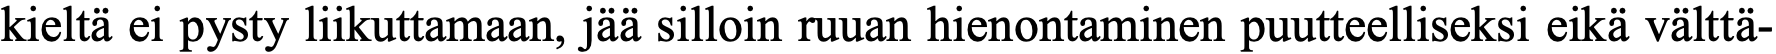
kieltä ei pysty liikuttamaan, jää silloin ruuan hienontaminen puutteelliseksi eikä välttä-